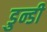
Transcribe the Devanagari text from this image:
डुन्डी